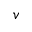
v